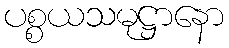
ပစ္စယသမုဋ္ဌာနော